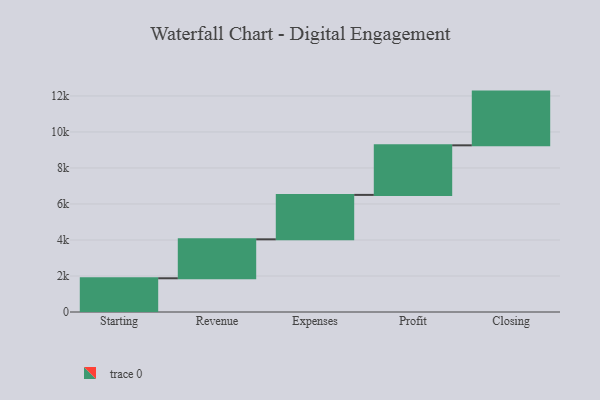
{"axis": {"x": "Step", "y": "Value"}, "legend": [""], "data": [{"x": "Starting", "y": 1873.0, "type": ""}, {"x": "Revenue", "y": 2164.0, "type": ""}, {"x": "Expenses", "y": 2467.0, "type": ""}, {"x": "Profit", "y": 2754.0, "type": ""}, {"x": "Closing", "y": 2984.0, "type": ""}]}